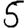
Digit: 5